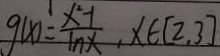
g ( x ) = \frac { x ^ { 2 } - 1 } { 1 n x } , x \in [ 2 , 3 ]